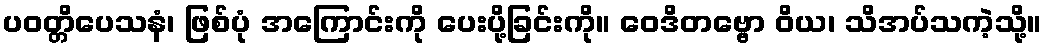
ပဝတ္တိပေသနံ၊ ဖြစ်ပုံ အကြောင်းကို ပေးပို့ခြင်းကို။ ဝေဒိတဗ္ဗော ဝိယ၊ သိအပ်သကဲ့သို့။